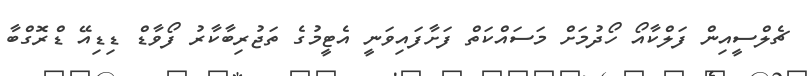
ޗެލްސީއިން ފަލްކާއޯ ހޯދުމަށް މަސައްކަތް ފަށާފައިވަނީ އެޓީމުގެ ތަޖުރިބާކާރު ފޯވާޑް ޑިޑިއޭ ޑްރޮގްބާ